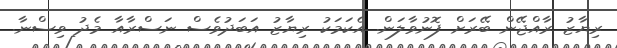
ރިޔާޒު ރާއްޖޭން ބޭރަށް ފޮނުވާލަން. އެކަމަކު ރިޔާޒު އަބަދުވެސް ނަސްރާއާ މެދު ވިސްނާ.